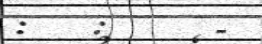
:   :     -